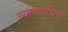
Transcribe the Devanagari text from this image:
च्यापचयित